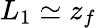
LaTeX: L_{1}\simeq z_{f}